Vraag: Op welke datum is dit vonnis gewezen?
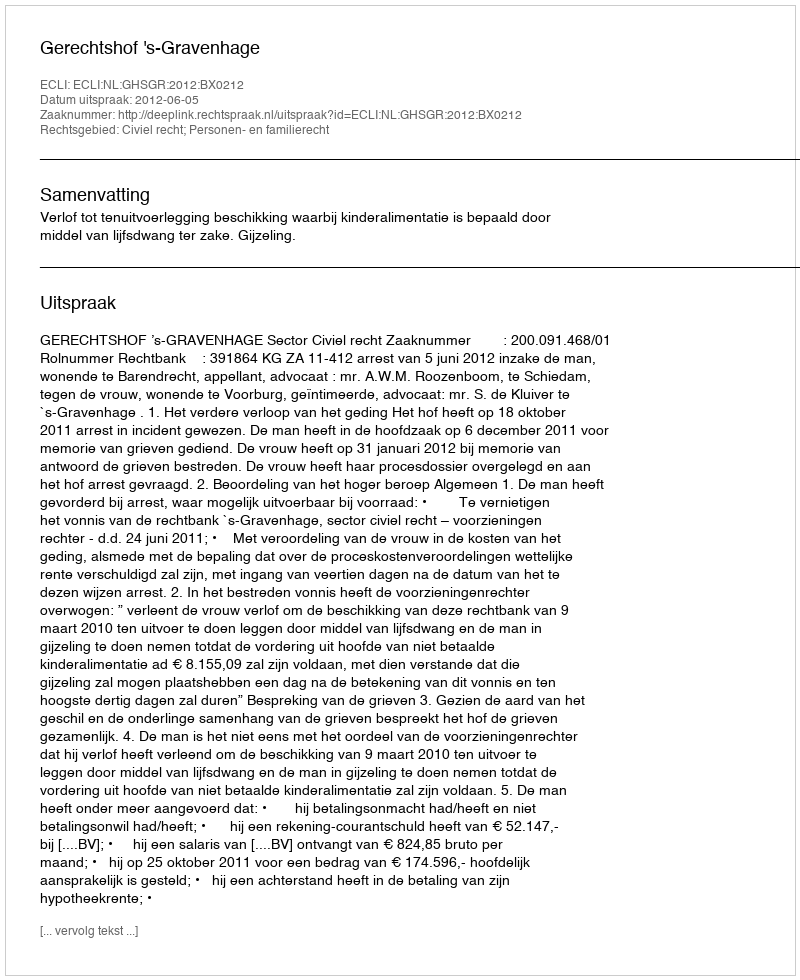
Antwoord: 2012-06-05